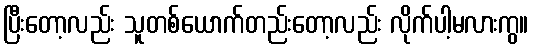
ပြီးတော့လည်း သူတစ်ယောက်တည်းတော့လည်း လိုက်ပါ့မလားကွ။